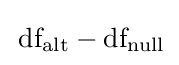
\,{\text{df}}_{\text{alt}}-{\text{df}}_{\text{null}}